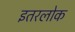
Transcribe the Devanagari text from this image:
इतरलोक